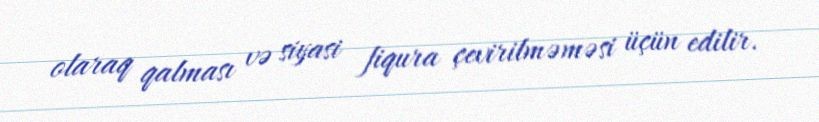
olaraq qalması və siyasi fiqura çevirilməməsi üçün edilir.